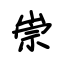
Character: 崇